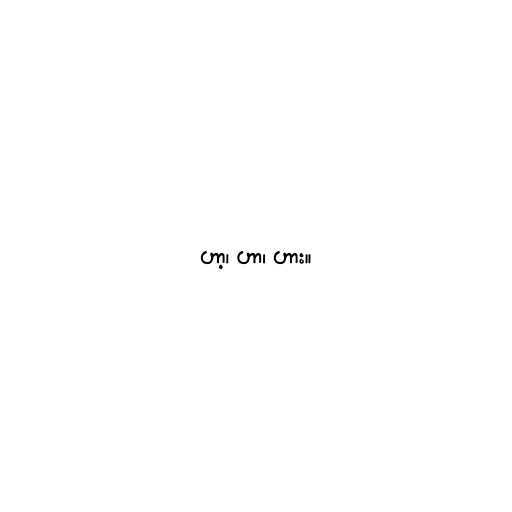
ဟာ့၊ ဟာ၊ ဟား။